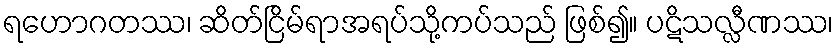
ရဟောဂတဿ၊ ဆိတ်ငြိမ်ရာအရပ်သို့ကပ်သည် ဖြစ်၍။ ပဋိသလ္လီဏဿ၊